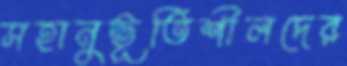
সহানুভূতিশীলদের